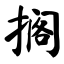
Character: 搁